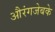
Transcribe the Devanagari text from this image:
औरंगजेबके